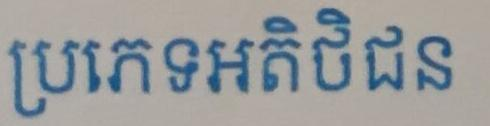
ប្រភេទអតិថិជន